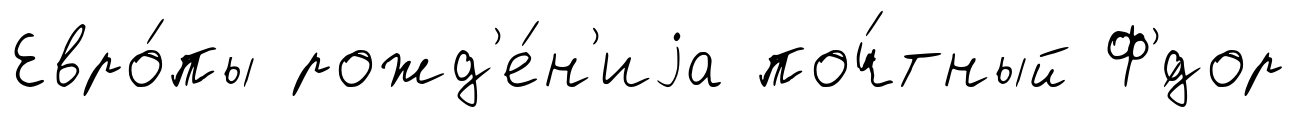
Евро́пы рожд'е́н'иjа поч́тный Ф'́дор